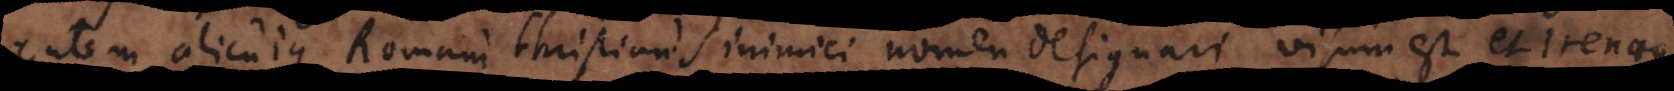
autem alicujus Romani Christianis inimici nomen designari visum est et Irenaeo